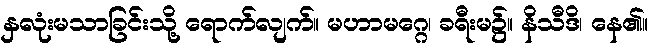
နှလုံးမသာခြင်းသို့ ရောက်လျက်။ မဟာမဂ္ဂေ၊ ခရီးမ၌။ နိသီဒိ၊ နေ၏။